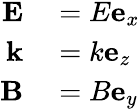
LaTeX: \begin{array}{rl}{\mathbf{E}}&{{}=E\mathbf{e}_{x}}\\ {\mathbf{k}}&{{}=k\mathbf{e}_{z}}\\ {\mathbf{B}}&{{}=B\mathbf{e}_{y}}\end{array}